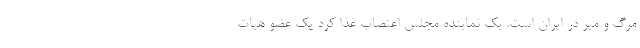
مرگ ‌و ‌میر در ایران است. یک نماینده مجلس اعتصاب غذا کرد یک عضو هیات